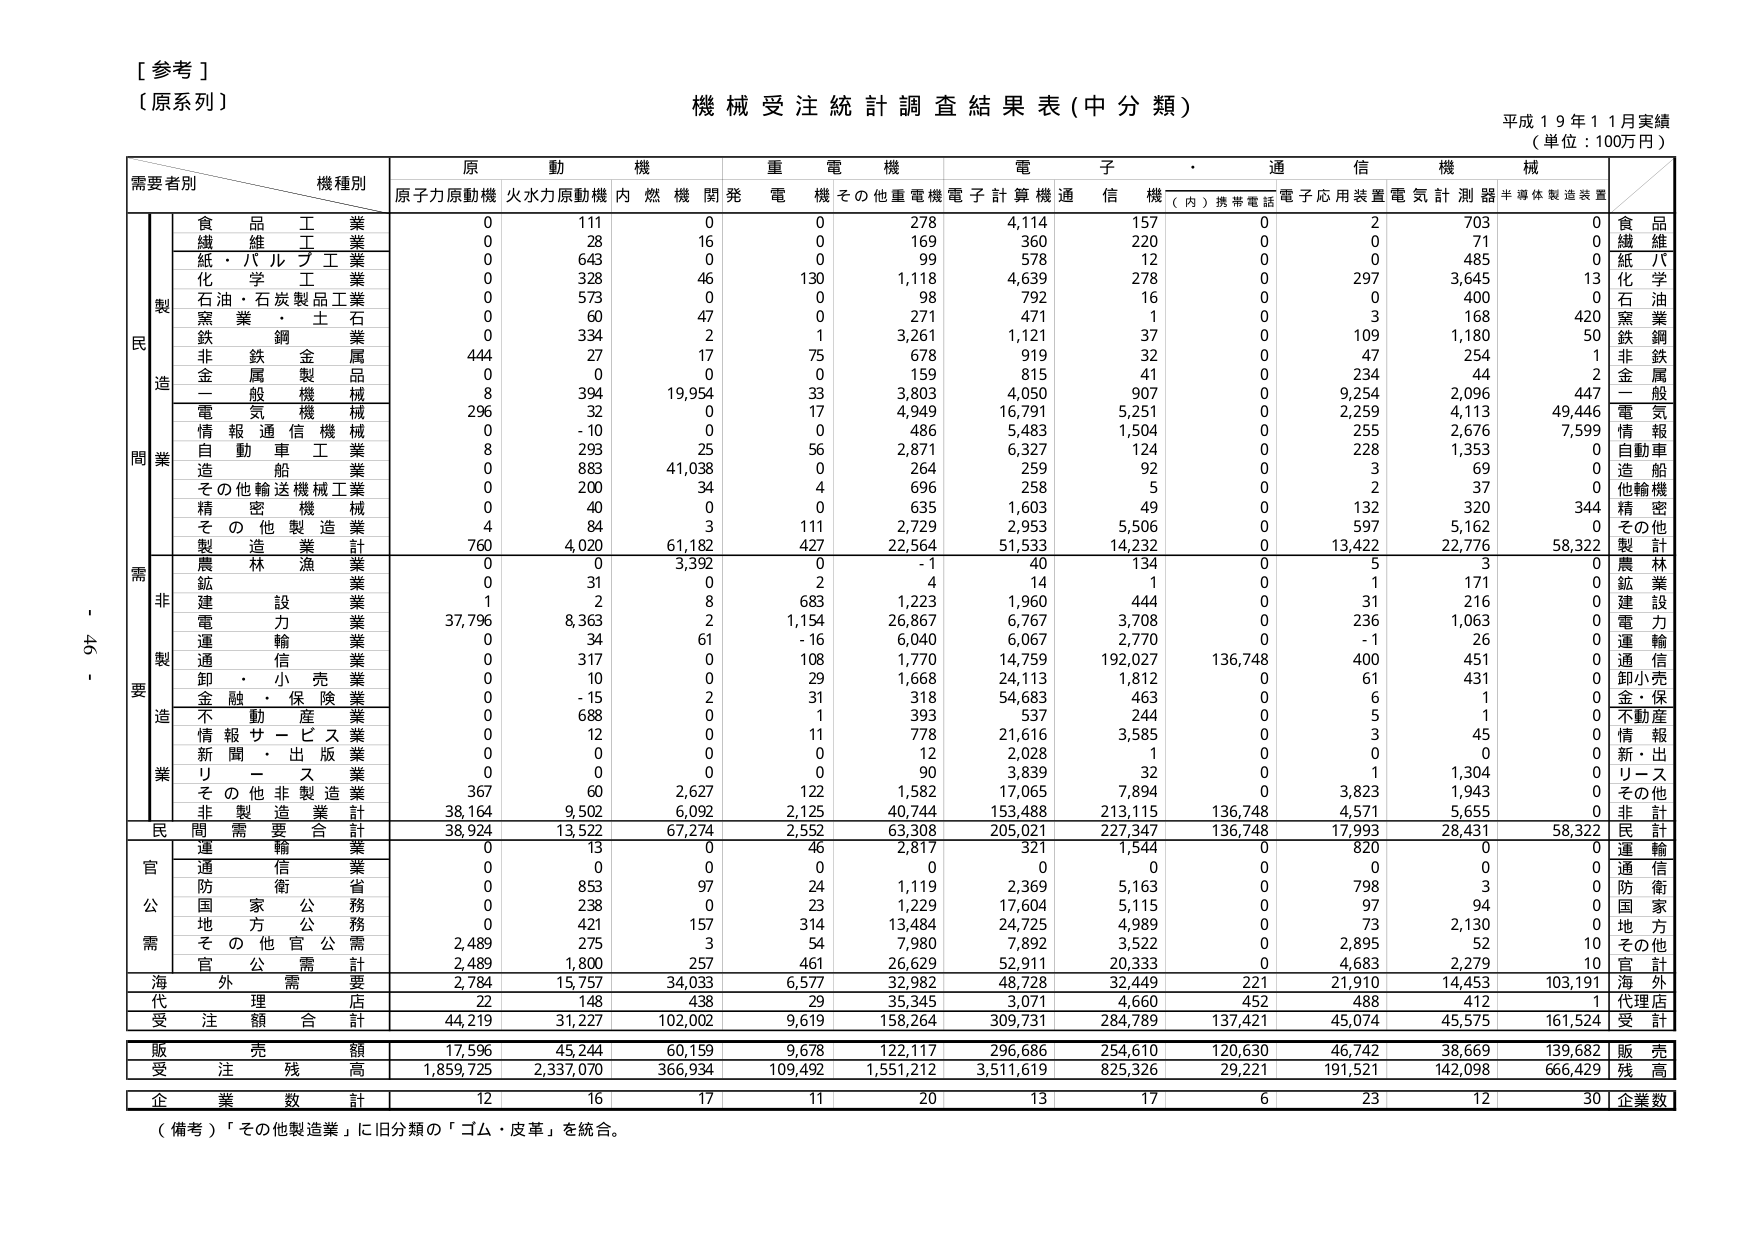
[参考]
（原系列）
機械受注統計調査結果表（中分類）
平成19年11月実績
（単位：100万円）

需要者別　　機種別
　　　　　　原　動　機　　　重　電　機　　　電　子　・　通　信　機　械
　　　　　　原子力原動機　火水力原動機　内燃機関発　電　機　その他重電機　電子計算機　通信機　（内）携帯電話　電子応用装置　電気計測器　半導体製造装置

　　　　　　食　品　工　業
　　　　　　繊　維　工　業
　　　　　　紙・パルプ工業
　　　　　　化　学　工　業
　　　　　　石油・石炭製品工業
　　　　　　窯　業　・　土　石
　　　　　　鉄　鋼　業
　　　　　　非　鉄　金　属
　　　　　　金　属　製　品
　　　　　　一　般　機　械
　　　　　　電　気　機　械
　　　　　　情　報　通　信　機　械
　　　　　　自　動　車　工　業
　　　　　　造　船
　　　　　　その他輸送機械工業
　　　　　　精　密　機　械
　　　　　　そ　の　他　製　造　業
　　　　　　製　造　業　計
　　　　　　農　林　漁　業
　　　　　　鉱　業
　　　　　　建　設　業
　　　　　　電　力　業
　　　　　　運　輸　業
　　　　　　通　信　業
　　　　　　卸　・　小　売　業
　　　　　　金　融　・　保　険　業
　　　　　　不　動　産　業
　　　　　　情　報　サ　ー　ビ　ス　業
　　　　　　新　聞　・　出　版　業
　　　　　　リ　ー　ス
　　　　　　そ　の　他　非　製　造　業
　　　　　　非　製　造　業　計
　　　　　　民　間　需　要　合　計
　　　　　　運　輸　業
　　　　　　通　信　業
　　　　　　防　衛　省
　　　　　　国　家　公　務
　　　　　　地　方　公　務
　　　　　　そ　の　他　官　公　需
　　　　　　官　公　需　計
　　　　　　海　外　需　要
　　　　　　代　理　店
　　　　　　受　注　額　合　計
　　　　　　販　売　額
　　　　　　受　注　残　高
　　　　　　企　業　数　計

　　　　　　食　品
　　　　　　繊　維
　　　　　　紙　パ
　　　　　　化　学
　　　　　　石　油
　　　　　　窯　業
　　　　　　鉄　鋼
　　　　　　非　鉄
　　　　　　金　属
　　　　　　一　般
　　　　　　電　気
　　　　　　情　報
　　　　　　自　動　車
　　　　　　造　船
　　　　　　他　輸　機
　　　　　　精　密
　　　　　　そ　の　他
　　　　　　製　計
　　　　　　農　林
　　　　　　鉱　業
　　　　　　建　設
　　　　　　電　力
　　　　　　運　輸
　　　　　　通　信
　　　　　　卸小売
　　　　　　金・保
　　　　　　不動産
　　　　　　情　報
　　　　　　新・出
　　　　　　リース
　　　　　　その他
　　　　　　非　計
　　　　　　民　計
　　　　　　運　輸
　　　　　　通　信
　　　　　　防　衛
　　　　　　国　家
　　　　　　地　方
　　　　　　その他
　　　　　　官　計
　　　　　　海　外
　　　　　　代理店
　　　　　　受　計
　　　　　　販　売
　　　　　　残　高
　　　　　　企業数

0　　111　　0　　0　　278　　4,114　　157　　0　　2　　703　　0
0　　28　　16　　0　　169　　360　　220　　0　　0　　71　　0
0　　643　　0　　0　　99　　578　　12　　0　　0　　485　　0
0　　328　　46　　130　　1,118　　4,639　　278　　0　　297　　3,645　　13
0　　573　　0　　0　　98　　792　　16　　0　　0　　400　　0
0　　60　　47　　0　　271　　471　　1　　0　　3　　168　　420
0　　334　　2　　1　　3,261　　1,121　　37　　0　　109　　1,180　　50
444　　27　　17　　75　　678　　919　　32　　0　　47　　254　　1
0　　0　　0　　0　　159　　815　　41　　0　　234　　44　　2
8　　394　　19,954　　33　　3,803　　4,050　　907　　0　　9,254　　2,096　　447
296　　32　　0　　17　　4,949　　16,791　　5,251　　0　　2,259　　4,113　　49,446
0　　-10　　0　　0　　486　　5,483　　1,504　　0　　255　　2,676　　7,599
8　　293　　25　　56　　2,871　　6,327　　124　　0　　228　　1,353　　0
0　　883　　41,038　　0　　264　　259　　92　　0　　3　　69　　0
0　　200　　34　　4　　696　　258　　5　　0　　2　　37　　0
0　　40　　0　　0　　635　　1,603　　49　　0　　132　　320　　344
4　　84　　3　　111　　2,729　　2,953　　5,506　　0　　597　　5,162　　0
760　　4,020　　61,182　　427　　22,564　　51,533　　14,232　　0　　13,422　　22,776　　58,322
0　　0　　3,392　　0　　-1　　40　　134　　0　　5　　3　　0
0　　31　　0　　2　　4　　14　　1　　0　　1　　171　　0
1　　2　　8　　683　　1,223　　1,960　　444　　0　　31　　216　　0
37,796　　8,363　　2　　1,154　　26,867　　6,767　　3,708　　0　　236　　1,063　　0
0　　34　　61　　-16　　6,040　　6,067　　2,770　　0　　-1　　26　　0
0　　317　　0　　108　　1,770　　14,759　　192,027　　136,748　　400　　451　　0
0　　10　　0　　29　　1,668　　24,113　　1,812　　0　　61　　431　　0
0　　-15　　2　　31　　318　　54,683　　463　　0　　6　　1　　0
0　　688　　0　　1　　393　　537　　244　　0　　5　　1　　0
0　　12　　0　　11　　778　　21,616　　3,585　　0　　3　　45　　0
0　　0　　0　　0　　12　　2,028　　1　　0　　0　　0　　0
0　　0　　0　　0　　90　　3,839　　32　　0　　1　　1,304　　0
367　　60　　2,627　　122　　1,582　　17,065　　7,894　　0　　3,823　　1,943　　0
38,164　　9,502　　6,092　　2,125　　40,744　　153,488　　213,115　　136,748　　4,571　　5,655　　0
38,924　　13,522　　67,274　　2,552　　63,308　　205,021　　227,347　　136,748　　17,993　　28,431　　58,322
0　　13　　0　　46　　2,817　　321　　1,544　　0　　820　　0　　0
0　　0　　0　　0　　0　　0　　0　　0　　0　　0　　0
0　　853　　97　　24　　1,119　　2,369　　5,163　　0　　798　　3　　0
0　　238　　0　　23　　1,229　　17,604　　5,115　　0　　97　　94　　0
0　　421　　157　　314　　13,484　　24,725　　4,989　　0　　73　　2,130　　0
2,489　　275　　3　　54　　7,980　　7,892　　3,522　　0　　2,895　　52　　10
2,489　　1,800　　257　　461　　26,629　　52,911　　20,333　　0　　4,683　　2,279　　10
2,784　　15,757　　34,033　　6,577　　32,982　　48,728　　32,449　　221　　21,910　　14,453　　103,191
22　　148　　438　　29　　35,345　　3,071　　4,660　　452　　488　　412　　1
44,219　　31,227　　102,002　　9,619　　158,264　　309,731　　284,789　　137,421　　45,074　　45,575　　161,524
17,596　　45,244　　60,159　　9,678　　122,117　　296,686　　254,610　　120,630　　46,742　　38,669　　139,682
1,859,725　　2,337,070　　366,934　　109,492　　1,551,212　　3,511,619　　825,326　　29,221　　191,521　　142,098　　666,429
12　　16　　17　　11　　20　　13　　17　　6　　23　　12　　30

（備考）「その他製造業」に旧分類の「ゴム・皮革」を統合。